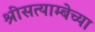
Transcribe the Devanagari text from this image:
श्रीसत्याम्बेच्या